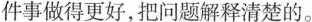
件事做得更好,把问题解释清楚的。